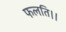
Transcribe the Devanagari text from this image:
फलति।।